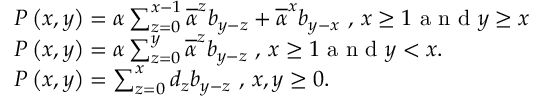
\begin{array} { l } { P \left( x , y \right) = \alpha \sum _ { z = 0 } ^ { x - 1 } \overline { { \alpha } } ^ { z } b _ { y - z } + \overline { { \alpha } } ^ { x } b _ { y - x } \mathrm { ~ , ~ } x \geq 1 \mathrm { ~ a ~ n ~ d ~ } y \geq x } \\ { P \left( x , y \right) = \alpha \sum _ { z = 0 } ^ { y } \overline { { \alpha } } ^ { z } b _ { y - z } \mathrm { ~ , ~ } x \geq 1 \mathrm { ~ a ~ n ~ d ~ } y < x . } \\ { P \left( x , y \right) = \sum _ { z = 0 } ^ { x } d _ { z } b _ { y - z } \mathrm { ~ , ~ } x , y \geq 0 . } \end{array}